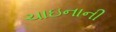
ચાઇનાની